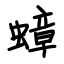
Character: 蟑